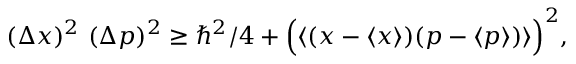
( \Delta x ) ^ { 2 } ~ ( \Delta p ) ^ { 2 } \geq \hbar ^ { 2 } / 4 + \Bigl ( \langle ( x - \langle x \rangle ) ( p - \langle p \rangle ) \rangle \Bigr ) ^ { 2 } ,